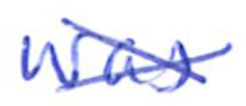
Text: was
Cross-out: cross
Writing tool: ballpoint